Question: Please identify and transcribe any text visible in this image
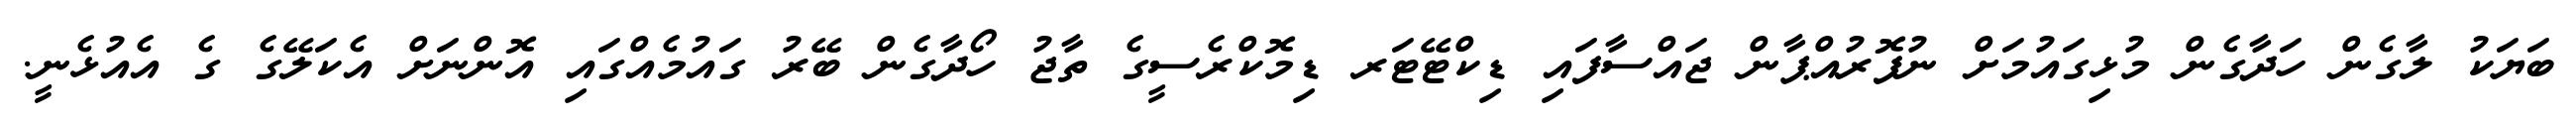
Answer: ބަޔަކު ލާގެން ހަދާގެން މުޅިގައުމަށް ނުފޮރުއްޕާން ޖައްސާފައި ޑިކްޓޭޓަރ ޑިމޮކްރެސީގެ ތާޖު ހޯދާގެން ބޭރު ގައުމެއްގައި އޮންނަށް އެކަލޭގެ ގެ އެއުޅެނީ.